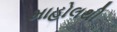
માહોલથી